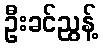
ဦးခင်ညွန့်